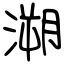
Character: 溯